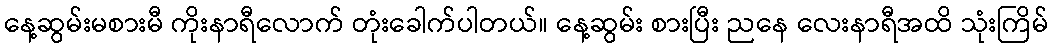
နေ့ဆွမ်းမစားမီ ကိုးနာရီလောက် တုံးခေါက်ပါတယ်။ နေ့ဆွမ်း စားပြီး ညနေ လေးနာရီအထိ သုံးကြိမ်